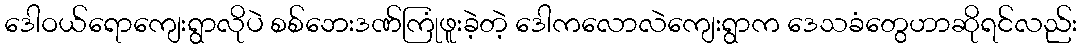
ဒေါဝယ်ရောကျေးရွာလိုပဲ စစ်ဘေးဒဏ်ကြုံဖူးခဲ့တဲ့ ဒေါကလောလဲကျေးရွာက ဒေသခံတွေဟာဆိုရင်လည်း